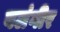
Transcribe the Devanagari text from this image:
बलंगीर